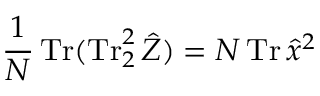
\frac { 1 } { N } \operatorname { T r } ( \operatorname { T r } _ { 2 } ^ { 2 } \hat { Z } ) = N \operatorname { T r } \hat { x } ^ { 2 }